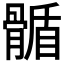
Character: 𩩻